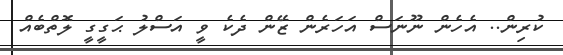
ކުރިން.. އެހެން ނޫނަސް އަހަރެން ޒޭން ދެކެ ވީ އަސްލު ޙަގީގީ ލޮތްބެއް